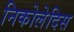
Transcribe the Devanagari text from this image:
निकोलेदिस